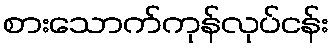
စားသောက်ကုန်လုပ်ငန်း